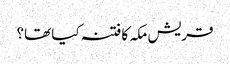
قریش مکہ کا فتنہ کیا تھا؟